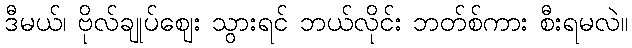
ဒီမယ်၊ ဗိုလ်ချုပ်ဈေး သွားရင် ဘယ်လိုင်း ဘတ်စ်ကား စီးရမလဲ။